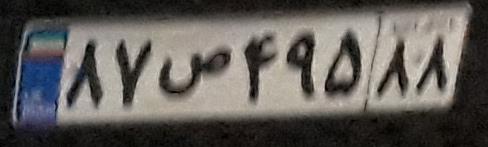
۸۷ص۴۹۵۸۸